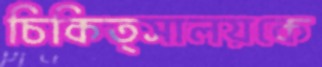
চিকিত্সালয়কে